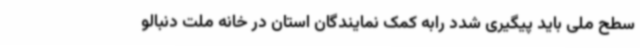
سطح ملی باید پیگیری شدد رابه کمک نمایندگان استان در خانه ملت دنبالو